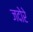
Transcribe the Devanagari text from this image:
जदोरे